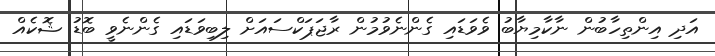
އަދި އިންތިހާބުން ނާކާމިޔާބު ވެވަޑައި ގެންނެވުމުން ރާޖަޕަކްސައަށް ލިބިވަޑައި ގެންނެވީ ބޮޑު ޝޮކެއް